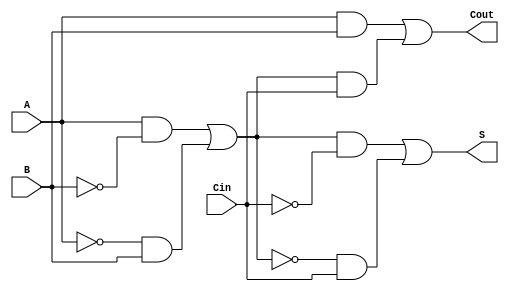
module TransmissionGateFullAdder (
    input wire A,
    input wire B,
    input wire Cin,
    output wire S,
    output wire Cout
);

// Internal wires for intermediate signals
wire AB;         // A AND B
wire A_xor_B;   // A XOR B
wire Cin_xor_AB; // (A XOR B) XOR Cin

// Transmission gates for A XOR B
assign A_xor_B = (A & ~B & 1'b1) | (~A & B & 1'b1); // A XOR B using transmission gates

// Transmission gates for (A XOR B) XOR Cin
assign Cin_xor_AB = (A_xor_B & ~Cin & 1'b1) | (~A_xor_B & Cin & 1'b1); // (A XOR B) XOR Cin

// Output for Sum
assign S = Cin_xor_AB;

// Carry-out calculation
assign AB = A & B; // A AND B
wire A_xor_B_and_Cin = A_xor_B & Cin; // (A XOR B) AND Cin

// Cout calculation using OR gate
assign Cout = AB | A_xor_B_and_Cin;

endmodule